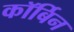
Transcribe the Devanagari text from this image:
कॉर्बिन